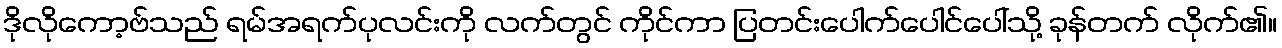
ဒိုလိုကော့ဗ်သည် ရမ်အရက်ပုလင်းကို လက်တွင် ကိုင်ကာ ပြတင်းပေါက်ပေါင်ပေါ်သို့ ခုန်တက် လိုက်၏။